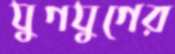
যুগযুগের